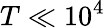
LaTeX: T\ll 10^{4}